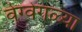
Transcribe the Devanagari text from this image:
वेग्वेगळ्या